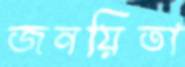
জনয়িতা